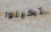
تخيلوا